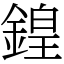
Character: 鍠